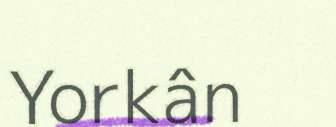
Yorkân